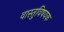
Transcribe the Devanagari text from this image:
वास्तुवि़षयक